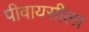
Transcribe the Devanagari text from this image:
पीवायसीला